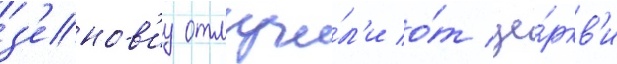
з'енов'иу отлучи́л'и о́т це́ркв'и